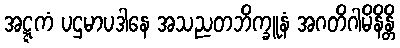
အဋ္ဋကံ ပဌမာပဒါနေ အသညတဘိက္ခူနံ အဂတိဂါမိနိန္တိ